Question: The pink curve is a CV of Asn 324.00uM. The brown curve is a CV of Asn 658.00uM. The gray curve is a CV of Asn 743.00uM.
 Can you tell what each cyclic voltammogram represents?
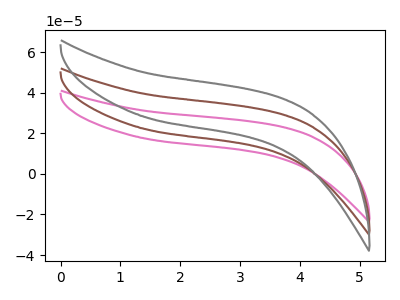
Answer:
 <answer>The pink curve is labeled "Asn 324.00uM". The brown curve is labeled "Asn 658.00uM". The gray curve is labeled "Asn 743.00uM".</answer>
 <eval></eval>